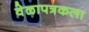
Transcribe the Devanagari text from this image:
वेळापत्रकला